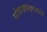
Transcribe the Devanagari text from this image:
घोषणापत्राकडे